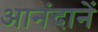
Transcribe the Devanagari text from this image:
आनंदानें